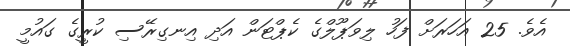
އެވެ. 25 އަހަރަށް ފަހު ލިވަޕޫލްގެ ކެޕްޓަން އަދި އިނގިރޭސި ކުރީގެ ގައުމީ